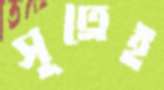
সূত্রেই